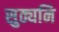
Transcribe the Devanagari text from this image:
सुठ्यनि